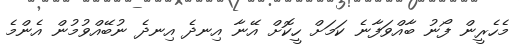
މެހެރީން ފޯނު ބާއްވަފާނެ ކަމަށް ހީކޮށް އޭނާ އިނދެ އިނދެ ނުބޭއްވުމުން އެންމެ